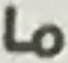
ما